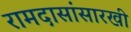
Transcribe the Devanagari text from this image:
रामदासांसारखी